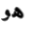
هو